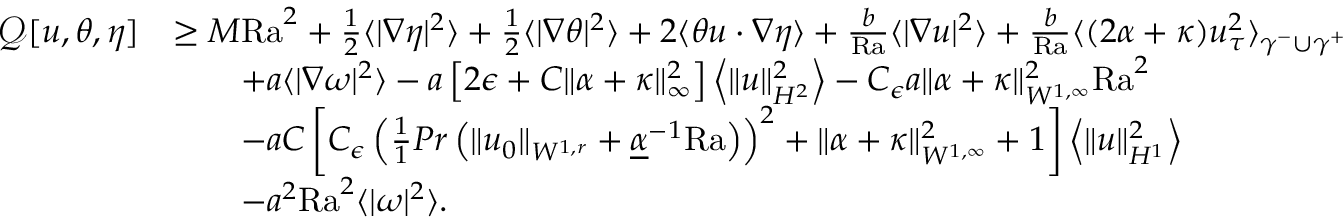
\begin{array} { r l } { \mathcal { Q } [ u , \theta , \eta ] } & { \geq M \mathrm { { R a } } ^ { 2 } + \frac { 1 } { 2 } \langle | \nabla \eta | ^ { 2 } \rangle + \frac { 1 } { 2 } \langle | \nabla \theta | ^ { 2 } \rangle + 2 \langle \theta u \cdot \nabla \eta \rangle + \frac { b } { { \mathrm { R a } } } \langle | \nabla u | ^ { 2 } \rangle + \frac { b } { \mathrm { { R a } } } \langle ( 2 \alpha + \kappa ) u _ { \tau } ^ { 2 } \rangle _ { \gamma ^ { - } \cup \gamma ^ { + } } } \\ & { \qquad + a \langle | \nabla \omega | ^ { 2 } \rangle - a \left[ 2 \epsilon + C \| \alpha + \kappa \| _ { \infty } ^ { 2 } \right] \left\langle \| u \| _ { H ^ { 2 } } ^ { 2 } \right\rangle - C _ { \epsilon } a \| \alpha + \kappa \| _ { W ^ { 1 , \infty } } ^ { 2 } { \mathrm { R a } } ^ { 2 } } \\ & { \qquad - a C \left[ C _ { \epsilon } \left( \frac { 1 } { 1 } { { P r } } \left( \| u _ { 0 } \| _ { W ^ { 1 , r } } + \underline { { \alpha } } ^ { - 1 } { \mathrm { R a } } \right) \right) ^ { 2 } + \| \alpha + \kappa \| _ { W ^ { 1 , \infty } } ^ { 2 } + 1 \right] \left\langle \| u \| _ { H ^ { 1 } } ^ { 2 } \right\rangle } \\ & { \qquad - a ^ { 2 } \mathrm { { R a } } ^ { 2 } \langle | \omega | ^ { 2 } \rangle . } \end{array}